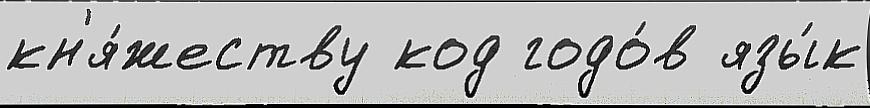
кн'я́жеству код годо́в язы́к